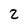
Character: 2